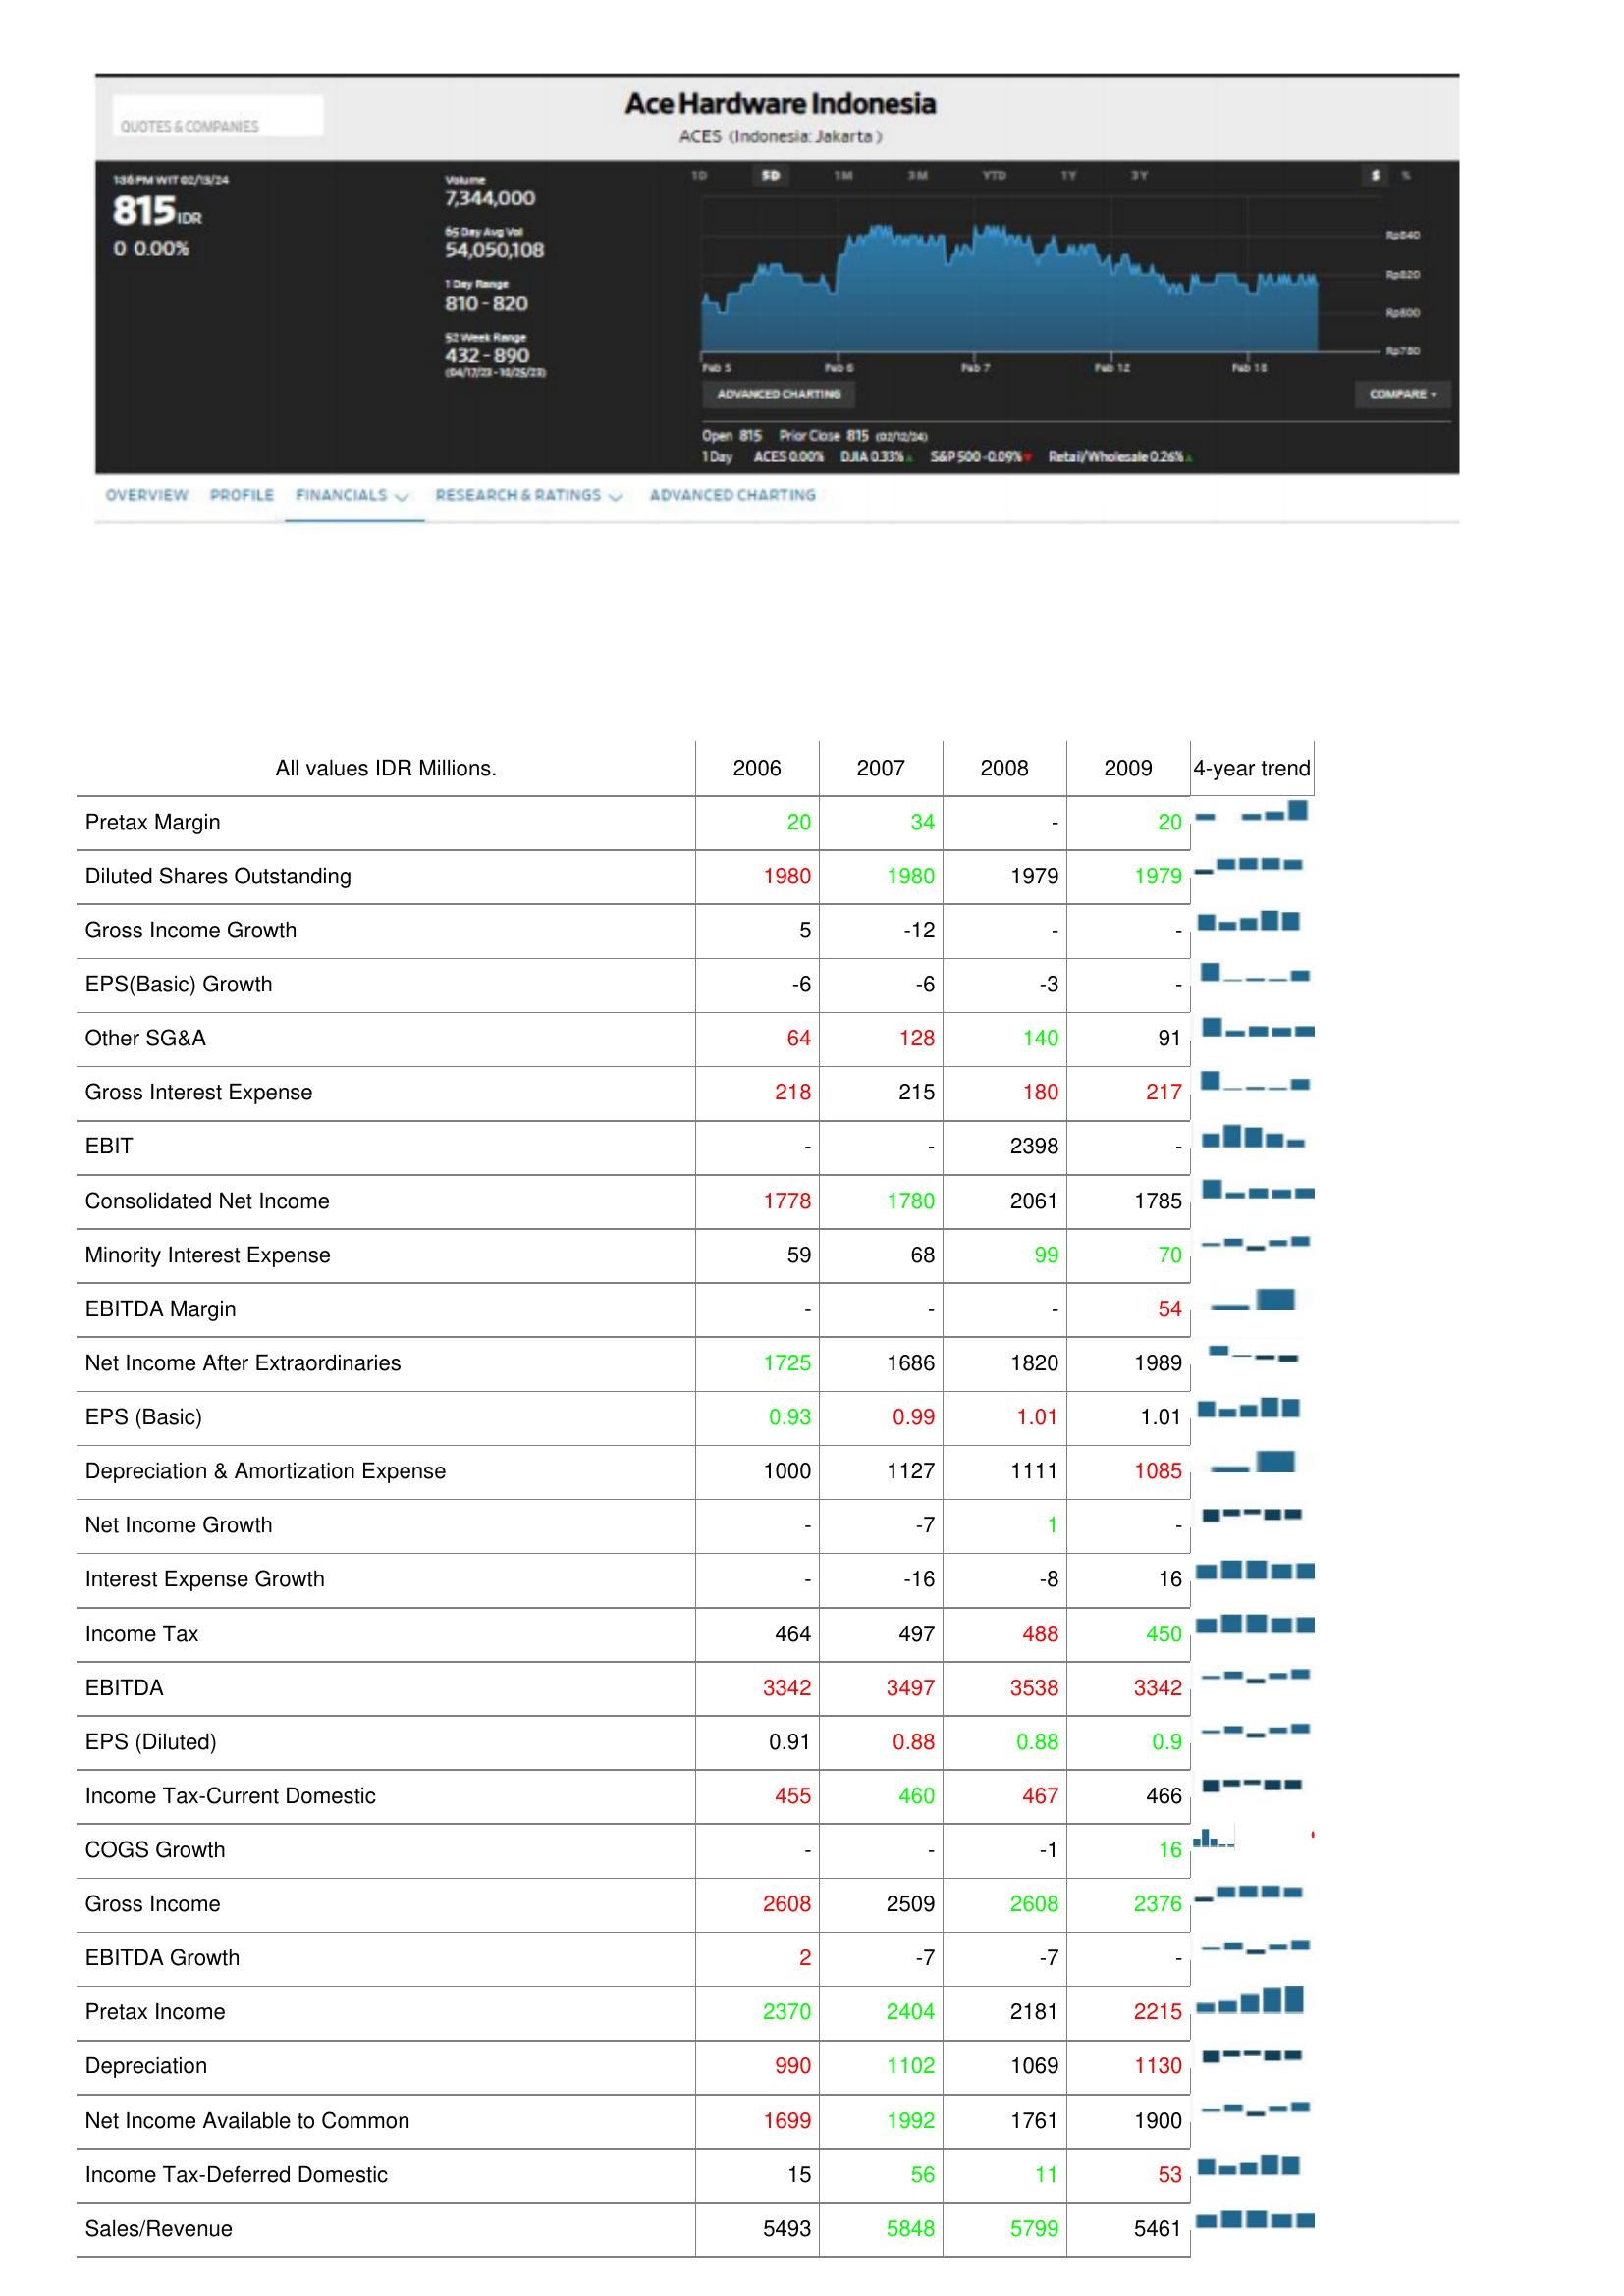
2006: : Pretax Margin: 20
Diluted Shares Outstanding: 1980
Gross Income Growth: 5
EPS(Basic) Growth: -6
Other SG&A: 64
Gross Interest Expense: 218
EBIT: -
Consolidated Net Income: 1778
Minority Interest Expense: 59
EBITDA Margin: -
Net Income After Extraordinaries: 1725
EPS (Basic): 0.93
Depreciation & Amortization Expense: 1000
Net Income Growth: -
Interest Expense Growth: -
Income Tax: 464
EBITDA: 3342
EPS (Diluted): 0.91
Income Tax-Current Domestic: 455
COGS Growth: -
Gross Income: 2608
EBITDA Growth: 2
Pretax Income: 2370
Depreciation: 990
Net Income Available to Common: 1699
Income Tax-Deferred Domestic: 15
Sales/Revenue: 5493
2007: : Pretax Margin: 34
Diluted Shares Outstanding: 1980
Gross Income Growth: -12
EPS(Basic) Growth: -6
Other SG&A: 128
Gross Interest Expense: 215
EBIT: -
Consolidated Net Income: 1780
Minority Interest Expense: 68
EBITDA Margin: -
Net Income After Extraordinaries: 1686
EPS (Basic): 0.99
Depreciation & Amortization Expense: 1127
Net Income Growth: -7
Interest Expense Growth: -16
Income Tax: 497
EBITDA: 3497
EPS (Diluted): 0.88
Income Tax-Current Domestic: 460
COGS Growth: -
Gross Income: 2509
EBITDA Growth: -7
Pretax Income: 2404
Depreciation: 1102
Net Income Available to Common: 1992
Income Tax-Deferred Domestic: 56
Sales/Revenue: 5848
2008: : Pretax Margin: -
Diluted Shares Outstanding: 1979
Gross Income Growth: -
EPS(Basic) Growth: -3
Other SG&A: 140
Gross Interest Expense: 180
EBIT: 2398
Consolidated Net Income: 2061
Minority Interest Expense: 99
EBITDA Margin: -
Net Income After Extraordinaries: 1820
EPS (Basic): 1.01
Depreciation & Amortization Expense: 1111
Net Income Growth: 1
Interest Expense Growth: -8
Income Tax: 488
EBITDA: 3538
EPS (Diluted): 0.88
Income Tax-Current Domestic: 467
COGS Growth: -1
Gross Income: 2608
EBITDA Growth: -7
Pretax Income: 2181
Depreciation: 1069
Net Income Available to Common: 1761
Income Tax-Deferred Domestic: 11
Sales/Revenue: 5799
2009: : Pretax Margin: 20
Diluted Shares Outstanding: 1979
Gross Income Growth: -
EPS(Basic) Growth: -
Other SG&A: 91
Gross Interest Expense: 217
EBIT: -
Consolidated Net Income: 1785
Minority Interest Expense: 70
EBITDA Margin: 54
Net Income After Extraordinaries: 1989
EPS (Basic): 1.01
Depreciation & Amortization Expense: 1085
Net Income Growth: -
Interest Expense Growth: 16
Income Tax: 450
EBITDA: 3342
EPS (Diluted): 0.9
Income Tax-Current Domestic: 466
COGS Growth: 16
Gross Income: 2376
EBITDA Growth: -
Pretax Income: 2215
Depreciation: 1130
Net Income Available to Common: 1900
Income Tax-Deferred Domestic: 53
Sales/Revenue: 5461